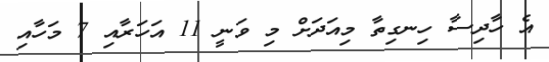
އެ ހާދިސާ ހިނގިތާ މިއަދަށް މި ވަނީ 11 އަހަރާއި 7 މަހާއި